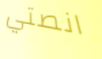
انصتي